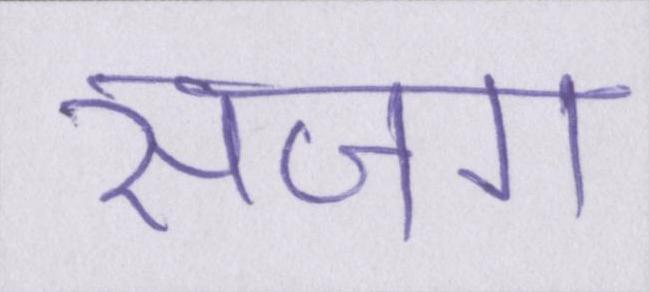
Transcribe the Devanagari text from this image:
सजग